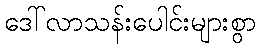
ဒေါ်လာသန်းပေါင်းများစွာ